Malaria in the Andamans - Number 56
Disease focus: Malaria
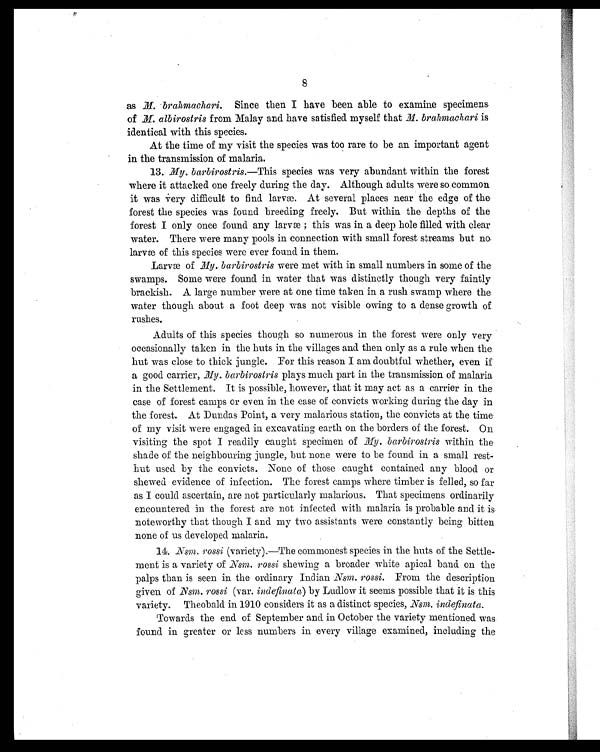
8
as M. brahmachari. Since then I have been able to examine specimens
of M. albirostris from Malay and have satisfied myself that M. brahmachari is
identical with this species.
At the time of my visit the species was too rare to be an important agent
in the transmission of malaria.
13. My. barbirostris. —This species was very abundant within the forest
where it attacked one freely during the day. Although adults were so common
it was very difficult to find larvæ. At several places near the edge of the
forest the species was found breeding freely. But within the depths of the
forest I only once found any larvæ ; this was in a deep hole filled with clear
water. There were many pools in connection with small forest streams but no
larvœ of this species were ever found in them.
Larvæ of M y . b a r b i r o s t r i s
w e r e m e t w i t h i n s m a l l n u m b e r s i n s o m e o f t h e
swamps. Some were found in water that was distinctly though very faintly
brackish. A large number were at one time taken in a rush swamp where the
water though about a foot deep was not visible owing to a dense growth of
rushes.
Adults of this species though so numerous in the forest were only very
occasionally taken in the huts in the villages and then only as a rule when the
hut was close to thick jungle. For this reason I am doubtful whether, even if
a good carrier, My. barbirostris plays much part in the transmission of malaria
in the Settlement. It is possible, however, that it may act as a carrier in the
case of forest camps or even in the case of convicts working during the day in
the forest. At Dundas Point, a very malarious station, the convicts at the time
of my visit were engaged in excavating earth on the borders of the forest. On
visiting the spot I readily caught specimen of M y. barbirostris within the
shade of the neighbouring jungle, but none were to be found in a small rest-
hut used by the convicts. None of those caught contained any blood or
shewed evidence of infection. The forest camps where timber is felled, so far
as I could ascertain, are not particularly malarious. That specimens ordinarily
encountered in the forest are not infected with malaria is probable and it is
noteworthy that though I and my two assistants were constantly being bitten
none of us developed malaria.
14. Nsm. rossi (variety).—The commonest species in the huts of the Settle-
ment is a variety of Nsm. rossi shewing a broader white apical band on the
palps than is seen in the ordinary Indian Nsm. rossi. From the description
given of Nsm. rossi (var. indefinata) by Ludlow it seems possible that it is this
variety. Theobald in 1910 considers it as a distinct species, Nsm. indefinata.
Towards the end of September and in October the variety mentioned was
found in greater or less numbers in every village examined, including the